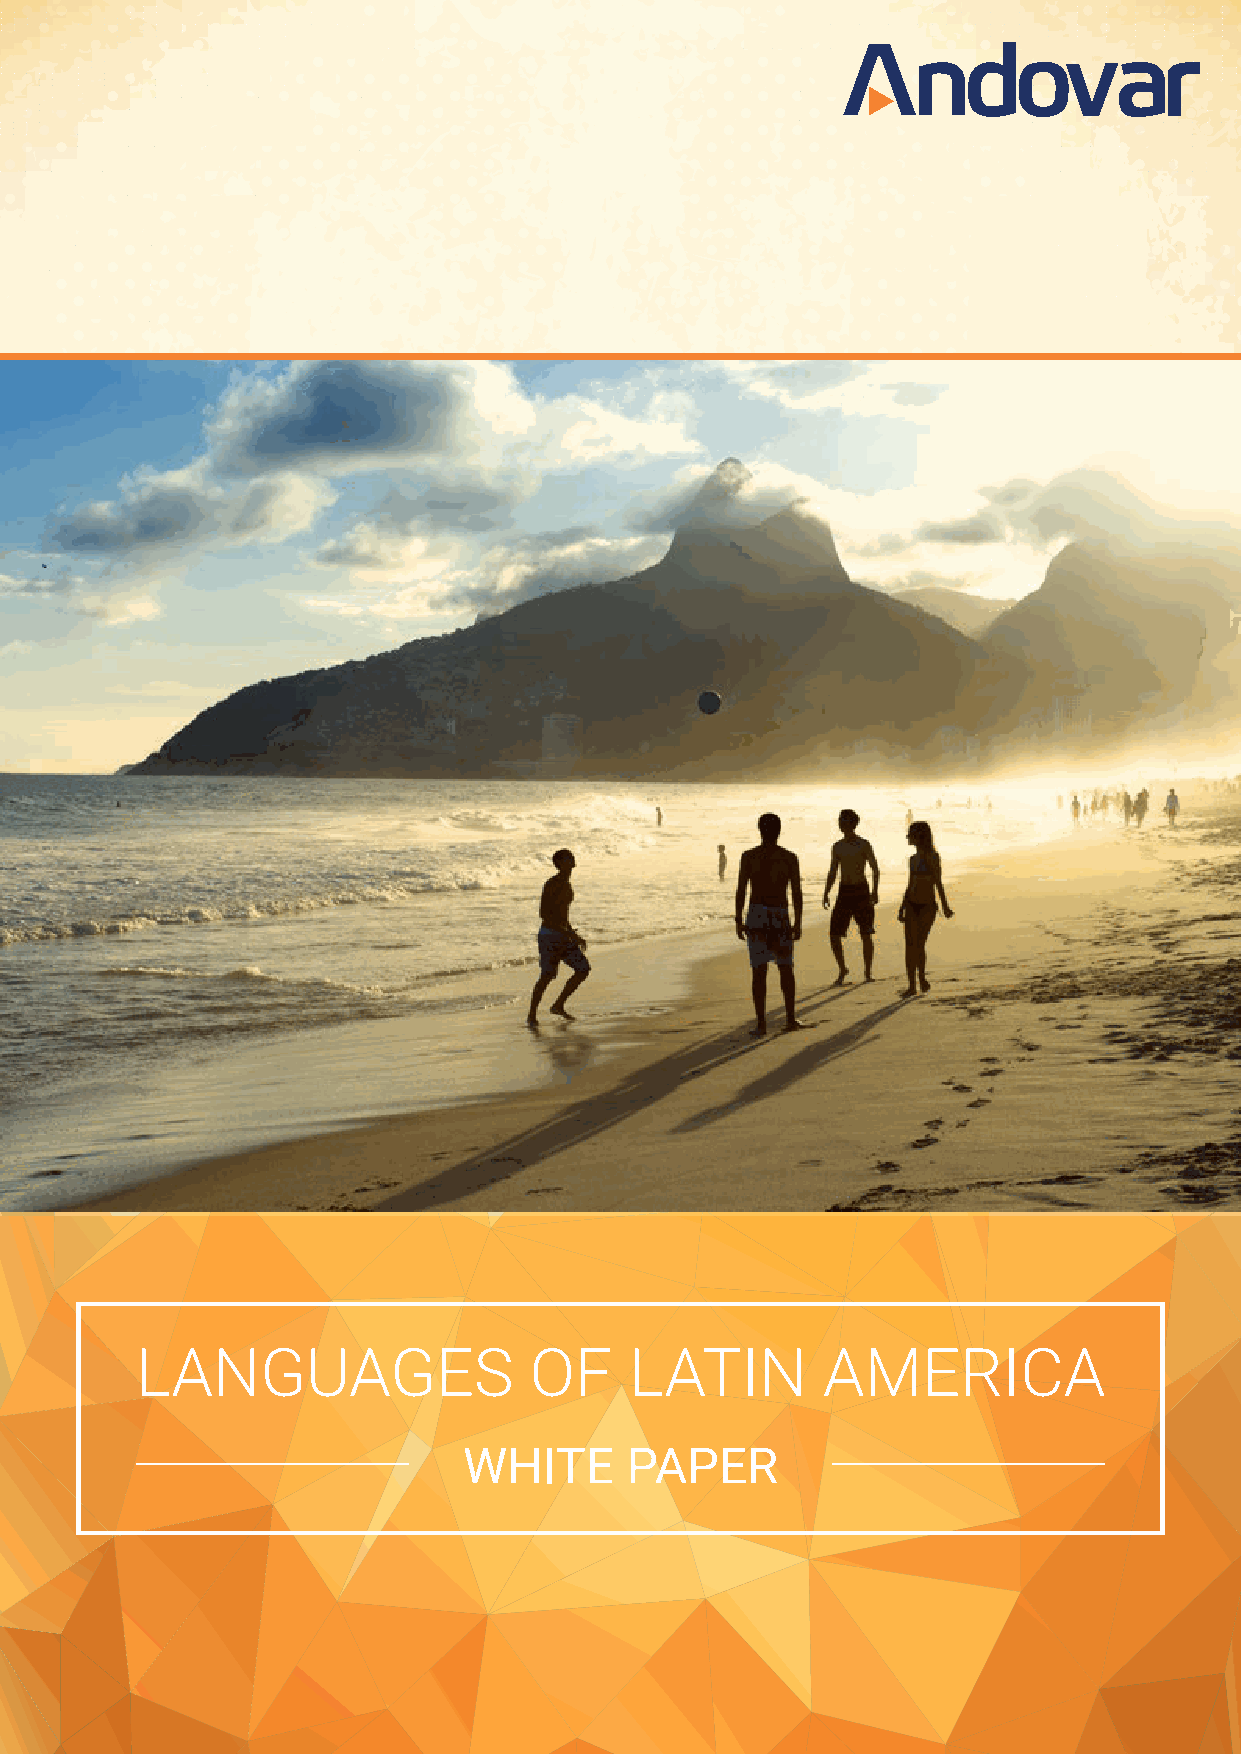
LALNANGGUUAAGGEESS           OOFF    LLAATTIINN  A AMMEERIRCIACA
 WWHHIITTEE PPAAPPEERR